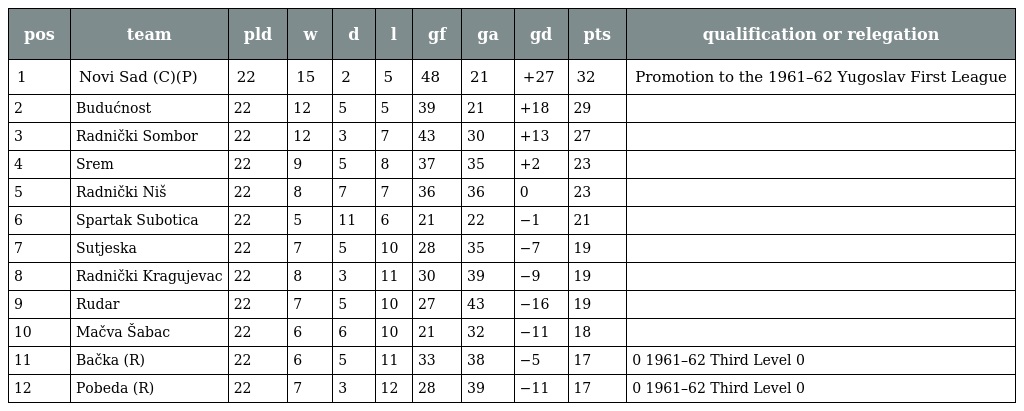
| pos | team | pld | w | d | l | gf | ga | gd | pts | qualification or relegation |
 | --- | --- | --- | --- | --- | --- | --- | --- | --- | --- | --- |
 | 1 | Novi Sad (C)(P) | 22 | 15 | 2 | 5 | 48 | 21 | +27 | 32 | Promotion to the 1961–62 Yugoslav First League |
 | 2 | Budućnost | 22 | 12 | 5 | 5 | 39 | 21 | +18 | 29 |  |
 | 3 | Radnički Sombor | 22 | 12 | 3 | 7 | 43 | 30 | +13 | 27 |  |
 | 4 | Srem | 22 | 9 | 5 | 8 | 37 | 35 | +2 | 23 |  |
 | 5 | Radnički Niš | 22 | 8 | 7 | 7 | 36 | 36 | 0 | 23 |  |
 | 6 | Spartak Subotica | 22 | 5 | 11 | 6 | 21 | 22 | −1 | 21 |  |
 | 7 | Sutjeska | 22 | 7 | 5 | 10 | 28 | 35 | −7 | 19 |  |
 | 8 | Radnički Kragujevac | 22 | 8 | 3 | 11 | 30 | 39 | −9 | 19 |  |
 | 9 | Rudar | 22 | 7 | 5 | 10 | 27 | 43 | −16 | 19 |  |
 | 10 | Mačva Šabac | 22 | 6 | 6 | 10 | 21 | 32 | −11 | 18 |  |
 | 11 | Bačka (R) | 22 | 6 | 5 | 11 | 33 | 38 | −5 | 17 | 0 1961–62 Third Level 0 |
 | 12 | Pobeda (R) | 22 | 7 | 3 | 12 | 28 | 39 | −11 | 17 | 0 1961–62 Third Level 0 |